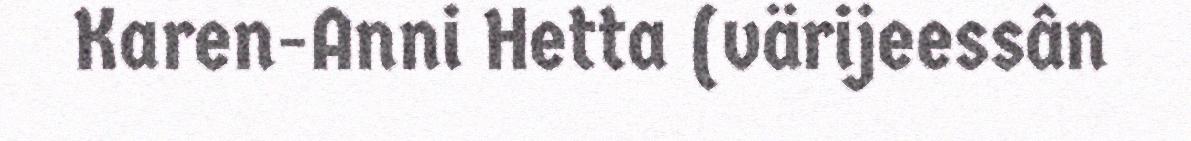
Karen-Anni Hetta (värijeessân